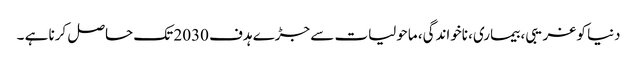
دنیا کو غریبی، بیماری، ناخواندگی، ماحولیات سے جڑے ہدف 2030 تک حاصل کرنا ہے ۔